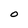
Character: O